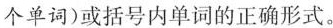
个单词)或括号内单词的正确形式。